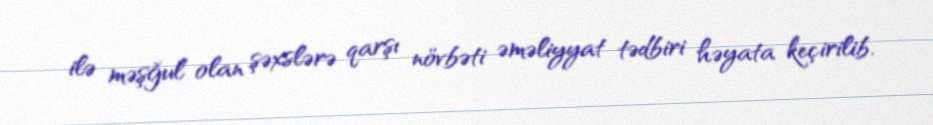
ilə məşğul olan şəxslərə qarşı növbəti əməliyyat tədbiri həyata keçirilib.